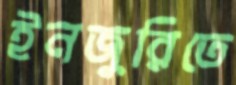
ইনজুরিতে